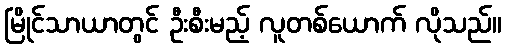
မြိုင်သာယာတွင် ဦးစီးမည့် လူတစ်ယောက် လိုသည်။